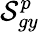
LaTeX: \mathcal{S}_{gy}^{p}